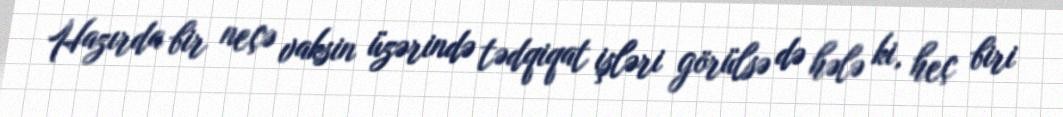
Hazırda bir neçə vaksin üzərində tədqiqat işləri görülsə də hələ ki, heç biri